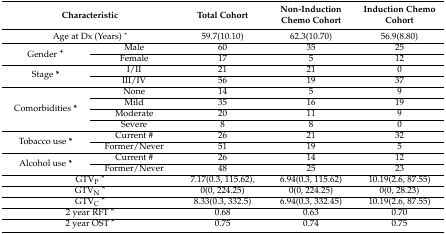
| <COLSPAN=2> Characteristic | Total Cohort | Non-Induction Chemo Cohort | Induction Chemo Cohort |
 | --- | --- | --- | --- | --- |
 | <COLSPAN=2> Age at Dx (Years) ^ | 59.7(10.10) | 62.3(10.70) | 56.9(8.80) |
 | <ROWSPAN=2> Gender + | Male | 60 | 35 | 25 |
 | Female | 17 | 5 | 12 |
 | <ROWSPAN=2> Stage * | I/II | 21 | 21 | 0 |
 | III/IV | 56 | 19 | 37 |
 | <ROWSPAN=4> Comorbidities * | None | 14 | 5 | 9 |
 | Mild | 35 | 16 | 19 |
 | Moderate | 20 | 11 | 9 |
 | Severe | 8 | 8 | 0 |
 | <ROWSPAN=2> Tobacco use * | Current # | 26 | 21 | 32 |
 | Former/Never | 51 | 19 | 5 |
 | <ROWSPAN=2> Alcohol use * | Current # | 26 | 14 | 12 |
 | Former/Never | 48 | 25 | 23 |
 | <COLSPAN=2> GTVP^ | 7.17(0.3, 115.62), | 6.94(0.3, 115.62) | 10.19(2.6, 87.55) |
 | <COLSPAN=2> GTVN^ | 0(0, 224.25) | 0(0, 224.25) | 0(0, 28.23) |
 | <COLSPAN=2> GTVC^ | 8.33(0.3, 332.5) | 6.94(0.3, 332.45) | 10.19(2.6, 87.55) |
 | <COLSPAN=2> 2 year RFT ^ | 0.68 | 0.63 | 0.70 |
 | <COLSPAN=2> 2 year OST ^ | 0.75 | 0.74 | 0.75 |